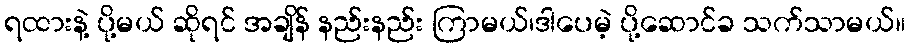
ရထားနဲ့ ပို့မယ် ဆိုရင် အချိန် နည်းနည်း ကြာမယ်၊ဒါပေမဲ့ ပို့ဆောင်ခ သက်သာမယ်။